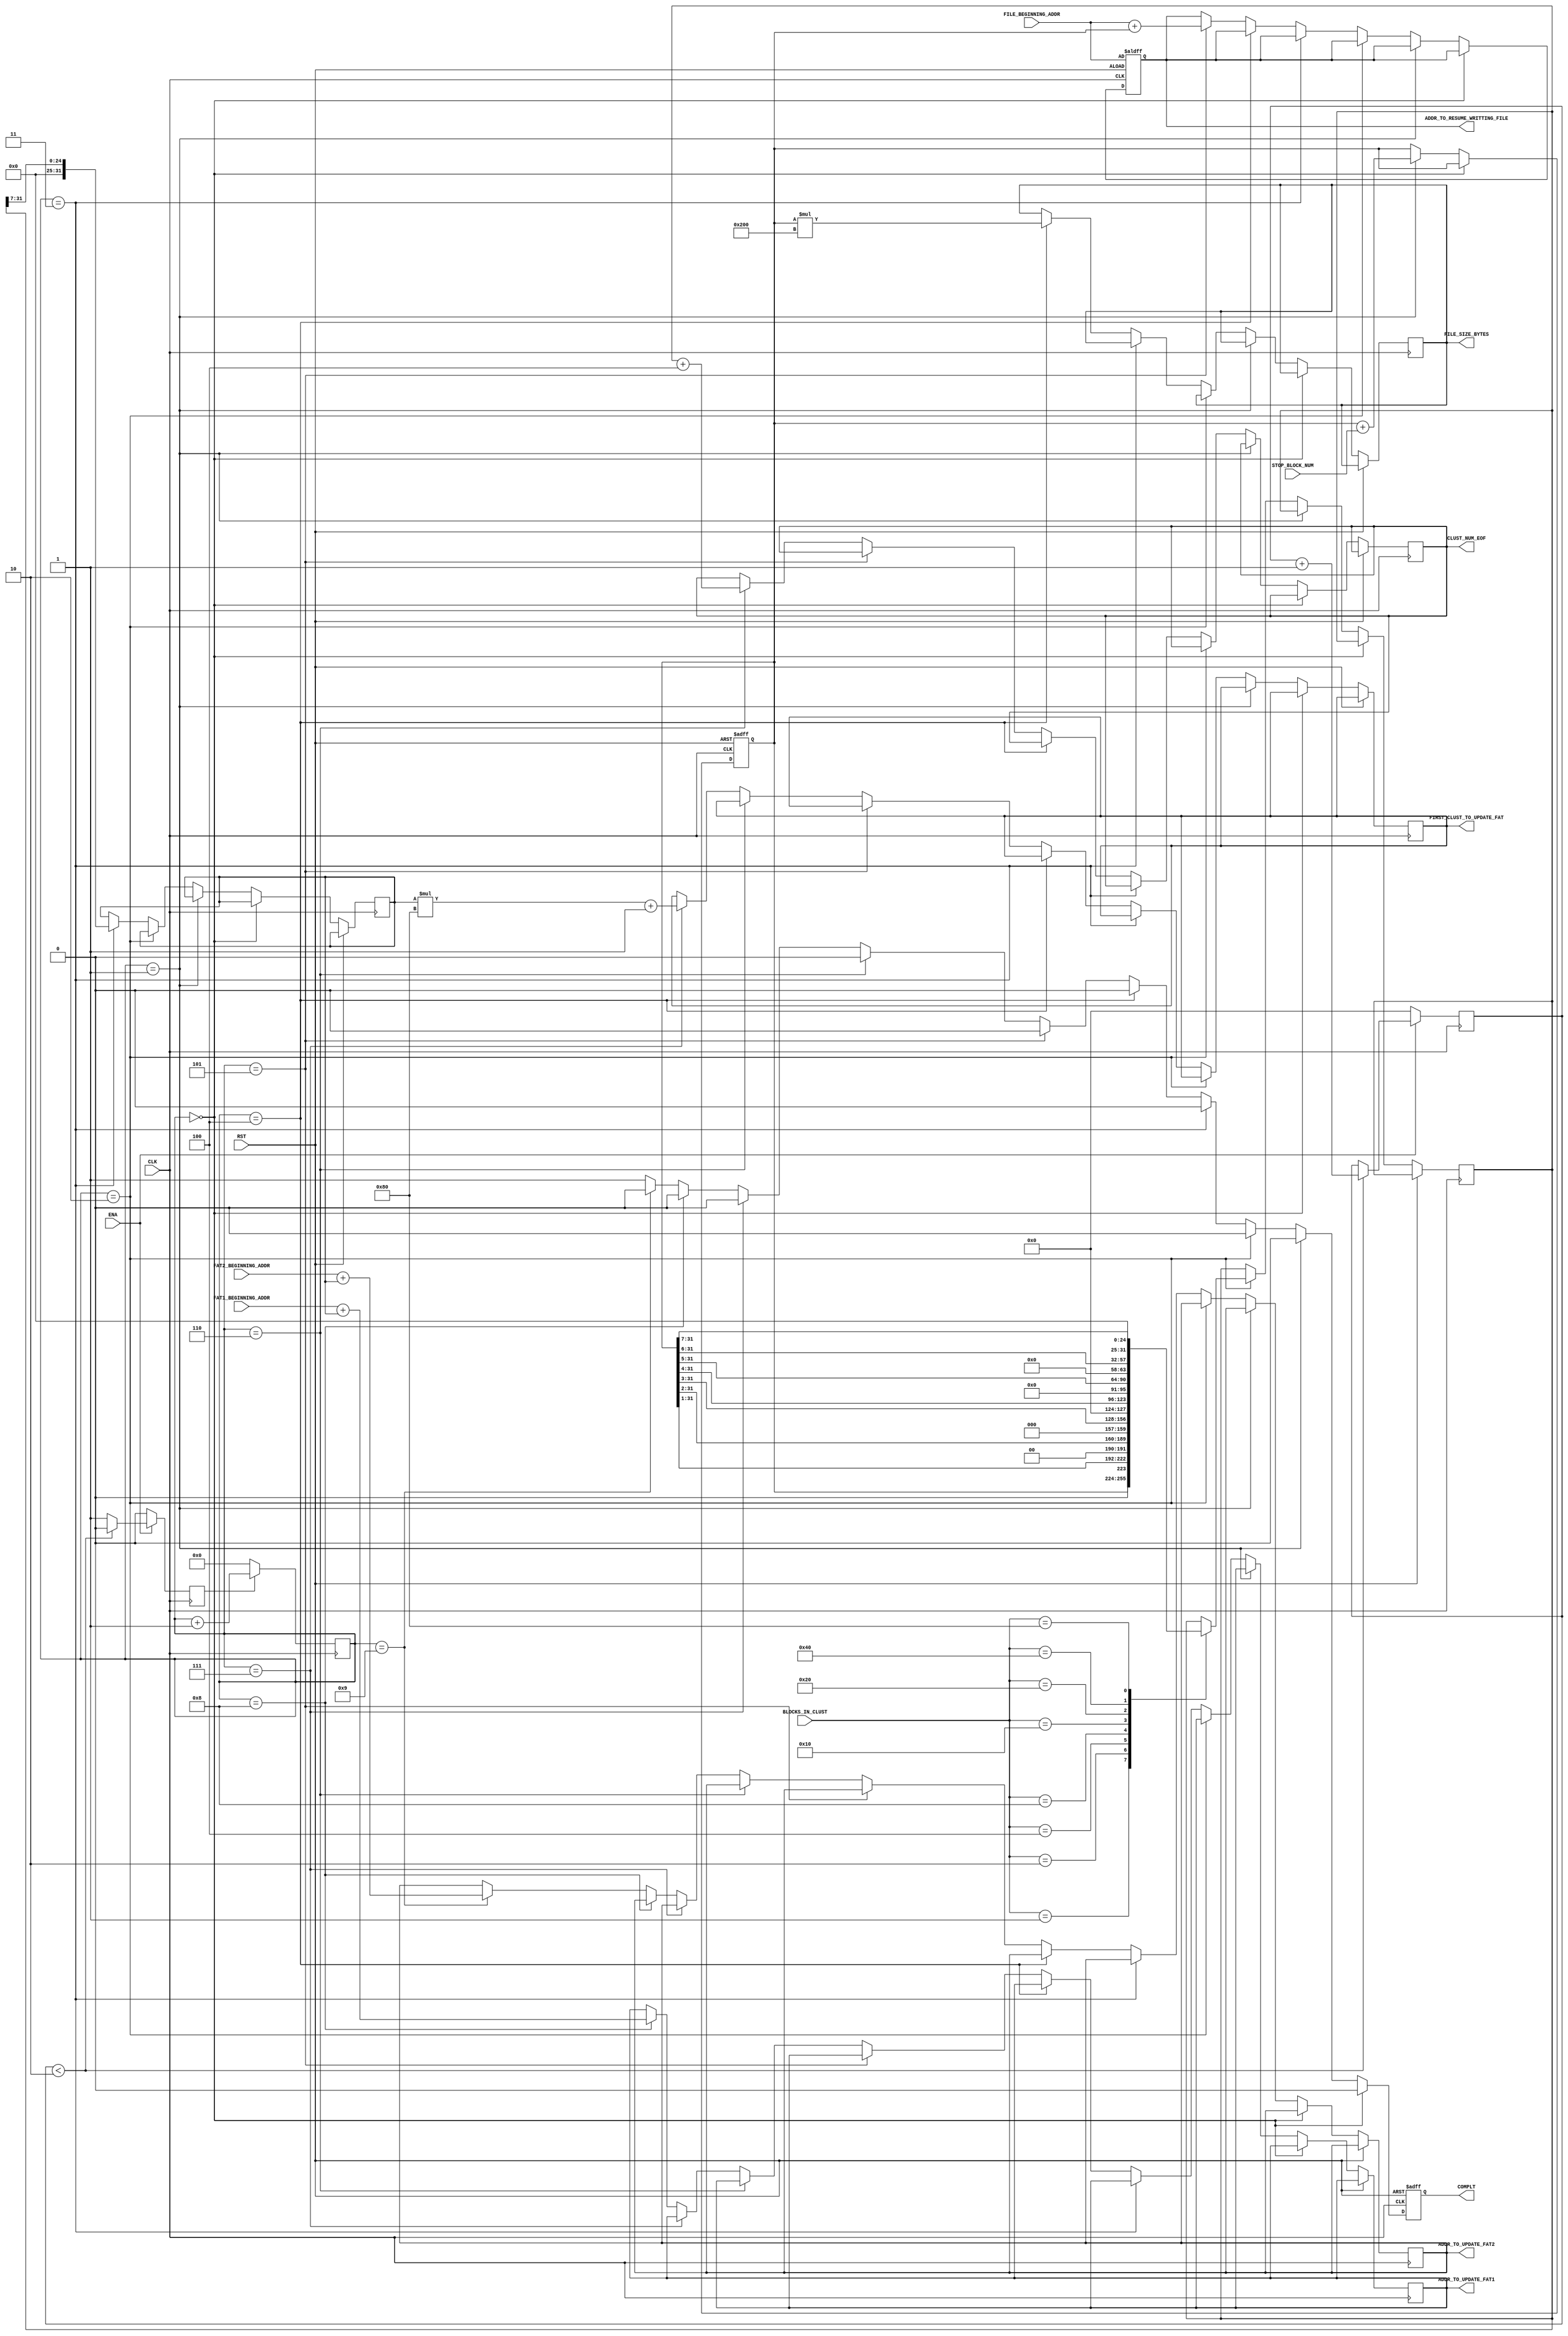
module fileSystemServer(
CLK,
ENA,
RST,
COMPLT,
FILE_BEGINNING_ADDR,
FAT1_BEGINNING_ADDR,
FAT2_BEGINNING_ADDR,
BLOCKS_IN_CLUST,
STOP_BLOCK_NUM,
FILE_SIZE_BYTES,
FIRST_CLUST_TO_UPDATE_FAT,
CLUST_NUM_EOF,
ADDR_TO_UPDATE_FAT1,
ADDR_TO_UPDATE_FAT2,
ADDR_TO_RESUME_WRITTING_FILE);

input  wire        CLK, ENA, RST;
output reg         COMPLT;
input  wire [31:0] FILE_BEGINNING_ADDR;
input  wire [31:0] FAT1_BEGINNING_ADDR;
input  wire [31:0] FAT2_BEGINNING_ADDR;
input  wire [31:0] BLOCKS_IN_CLUST;

input  wire [31:0] STOP_BLOCK_NUM;

output reg  [31:0] FILE_SIZE_BYTES;
output reg  [31:0] ADDR_TO_RESUME_WRITTING_FILE;
output reg  [31:0] FIRST_CLUST_TO_UPDATE_FAT;
output reg  [31:0] CLUST_NUM_EOF;
output reg  [31:0] ADDR_TO_UPDATE_FAT1;
output reg  [31:0] ADDR_TO_UPDATE_FAT2;


reg [31:0] blocksInFile;
reg [31:0] clustInFile;
reg [31:0] FATpagesInFile;

//=====================================
reg ENA_COUNTER;
reg [15:0] counter;

localparam glitchTime = 2;
reg [3:0] muteCountersTimer;

always @ (posedge CLK)
begin
	if(!ENA)
	begin
		muteCountersTimer <= 0;
		ENA_COUNTER <= 1'b0;
	end
	else
	begin
		if(muteCountersTimer < glitchTime)
		begin
			ENA_COUNTER <= 1'b0;
			muteCountersTimer <= muteCountersTimer + 1;
		end
		else
		begin
			muteCountersTimer <= muteCountersTimer;
			ENA_COUNTER <= 1'b1;
		end
	end
end

always @ (negedge CLK)
begin
	if(ENA_COUNTER)
	begin
		counter <= counter + 16'b1;
	end
	else
	begin
		counter <= 16'b0;
	end
end
//-----------------------------

always @ (posedge RST or posedge CLK)
begin

if(RST)
begin
	blocksInFile <= 32'd0;
	COMPLT <= 1'b0;
	ADDR_TO_RESUME_WRITTING_FILE <= FILE_BEGINNING_ADDR;
end
else
begin
	if(counter == 16'd0)
	begin
		COMPLT <= 1'b0;
	end
	else if(counter == 16'd1)
	begin
		COMPLT <= 1'b0;
		blocksInFile <= blocksInFile + STOP_BLOCK_NUM;
	end
	else if(counter == 16'd2)
	begin
		COMPLT <= 1'b0;
	
		case(BLOCKS_IN_CLUST)

		32'd1:
		begin
			clustInFile <= blocksInFile;
		end

		32'd2:
		begin
			clustInFile <= blocksInFile >> 32'd1;
		end

		32'd4:
		begin
			clustInFile <= blocksInFile >> 32'd2;
		end

		32'd8:
		begin
			clustInFile <= blocksInFile >> 32'd3;
		end

		32'd16:
		begin
			clustInFile <= blocksInFile >> 32'd4;
		end

		32'd32:
		begin
			clustInFile <= blocksInFile >> 32'd5;
		end

		32'd64:
		begin
			clustInFile <= blocksInFile >> 32'd6;
		end

		32'd128:
		begin
			clustInFile <= blocksInFile >> 32'd7;
		end

		endcase

	end
	else if(counter == 16'd3)
	begin
		COMPLT <= 1'b0;
		FATpagesInFile <= clustInFile >> 32'd7; // because 128 clust in block in FAT32  
	end
	else if(counter == 16'd4)
	begin
		COMPLT <= 1'b0;
		FILE_SIZE_BYTES <= blocksInFile * 32'd512;
	end
	else if(counter == 16'd5)
	begin
		COMPLT <= 1'b0;
		ADDR_TO_RESUME_WRITTING_FILE <= FILE_BEGINNING_ADDR + blocksInFile;
	end
	else if(counter == 16'd6)
	begin
		COMPLT <= 1'b0;
		CLUST_NUM_EOF <= clustInFile + 4; // because clust count begins from 4
	end
	else if(counter == 16'd7)
	begin
		COMPLT <= 1'b0;
		FIRST_CLUST_TO_UPDATE_FAT <= FATpagesInFile  * 32'd128 + 32'd1;
	end
	else if(counter == 16'd8)
	begin
		COMPLT <= 1'b0;
		ADDR_TO_UPDATE_FAT1 <= FAT1_BEGINNING_ADDR + FATpagesInFile;
	end
	else if(counter == 16'd9)
	begin
		COMPLT <= 1'b0;
		ADDR_TO_UPDATE_FAT2 <= FAT2_BEGINNING_ADDR + FATpagesInFile;
	end
	else
	begin
		COMPLT <= 1'b1;	
	end
end
end

endmodule


//
//always @ (posedge RST or posedge CLK)
//begin
//	if(RST)
//	begin
//		blocksInFile <= 32'd0;
//	end
//	else
//	begin
//		blocksInFile <= blocksInFile + STOP_BLOCK_NUM;
//	end
//end
//
//always@(blocksInFile)
//begin
//  if(RST)
//    begin
//      clustInFile <= 32'd0;
//    end
//  else
//    begin
//
//case(BLOCKS_IN_CLUST)
//
//32'd1:
//begin
//	clustInFile <= blocksInFile;
//end
//
//32'd2:
//begin
//	clustInFile <= blocksInFile >> 32'd1;
//end
//
//32'd4:
//begin
//	clustInFile <= blocksInFile >> 32'd2;
//end
//
//32'd8:
//begin
//	clustInFile <= blocksInFile >> 32'd3;
//end
//
//32'd16:
//begin
//	clustInFile <= blocksInFile >> 32'd4;
//end
//
//32'd32:
//begin
//	clustInFile <= blocksInFile >> 32'd5;
//end
//
//32'd64:
//begin
//	clustInFile <= blocksInFile >> 32'd6;
//end
//
//32'd128:
//begin
//	clustInFile <= blocksInFile >> 32'd7;
//end
//
//endcase
//
//    end
//end
//
//always@(clustInFile)
//begin
//  if(RST)
//    begin
//      FATpagesInFile <= 32'd0;
//    end
//  else
//    begin
//      FATpagesInFile <= clustInFile >> 32'd7; // because 128 clust in block in FAT32    
//    end
//end
//
//always @ (FATpagesInFile)
//begin
//
//FILE_SIZE_BYTES <= blocksInFile * 32'd512;
//ADDR_TO_RESUME_WRITTING_FILE <= FILE_BEGINNING_ADDR + blocksInFile;
//CLUST_NUM_EOF <= clustInFile + 4; // because clust count begins from 4
//FIRST_CLUST_TO_UPDATE_FAT <= FATpagesInFile  * 32'd128 + 32'd1;
//ADDR_TO_UPDATE_FAT1 <= FAT1_BEGINNING_ADDR + FATpagesInFile;
//ADDR_TO_UPDATE_FAT2 <= FAT2_BEGINNING_ADDR + FATpagesInFile;
//
//
//end